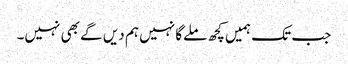
جب تک ہمیں کچھ ملےگا نہیں ہم دیں گے بھی نہیں۔